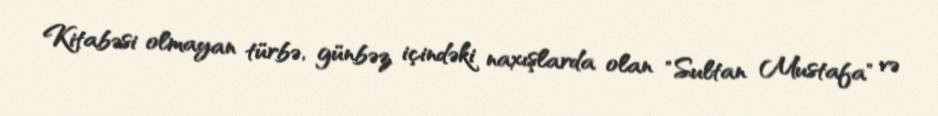
Kitabəsi olmayan türbə, günbəz içindəki naxışlarda olan "Sultan Mustafa" və